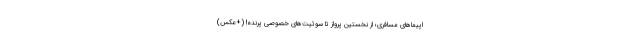
اپیماهای مسافری؛ از نخستین پرواز تا سوئیت‌های خصوصی پرنده! (+عکس)